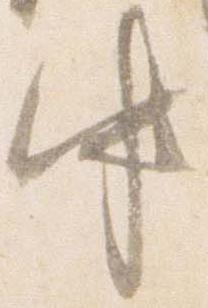
中